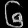
Digit: ၆